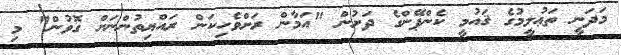
މަދަނީ ތަޢުލީމުގެ ޤައުމީ ކެންޕޭންގެ ދަށުން "އަމާން ރަށްވެހިކަން ރައްޔިތުންނަށް ގޮވުން" މި